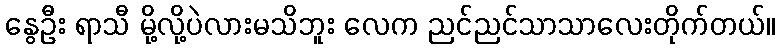
နွေဦး ရာသီ မို့လို့ပဲလားမသိဘူး လေက ညင်ညင်သာသာလေးတိုက်တယ်။